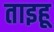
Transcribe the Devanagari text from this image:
ताइहू